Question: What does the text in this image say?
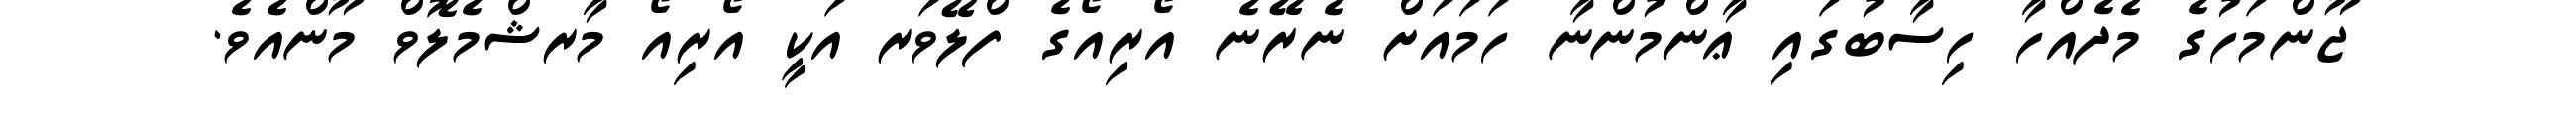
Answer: ޖޫންމަހުގެ މެދެއްހާ ހިސާބުގައި ޢާންމުންނާ ހަމައަށް ނެރޭނެ އޯރިއޯގެ ފްލޭވަރ އަކީ އޯރިއޯ މާރޝްމެލޮވް މޫންއެވެ.